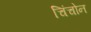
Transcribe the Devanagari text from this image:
चिंचोन